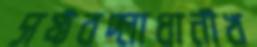
সফ্টবদ্‌লাধানীখ